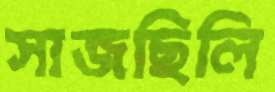
সাজছিলি